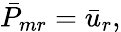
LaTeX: \bar{P}_{mr}=\bar{u}_{r},